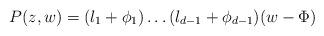
LaTeX: \begin{align*} P(z, w) = (l_1 + \phi_1 ) \ldots (l_{d-1} + \phi_{d-1})(w - \Phi)\end{align*}